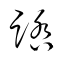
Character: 踏